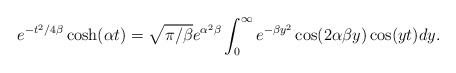
\begin{align*} e^{-t^2/{4\beta}}\cosh(\alpha t)=\sqrt{\pi/\beta}e^{\alpha^2\beta}\int_{0}^{\infty}e^{-\beta y^2}\cos(2\alpha\beta y)\cos(yt)dy.\end{align*}